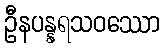
ဦနပန္နရသဝဿော